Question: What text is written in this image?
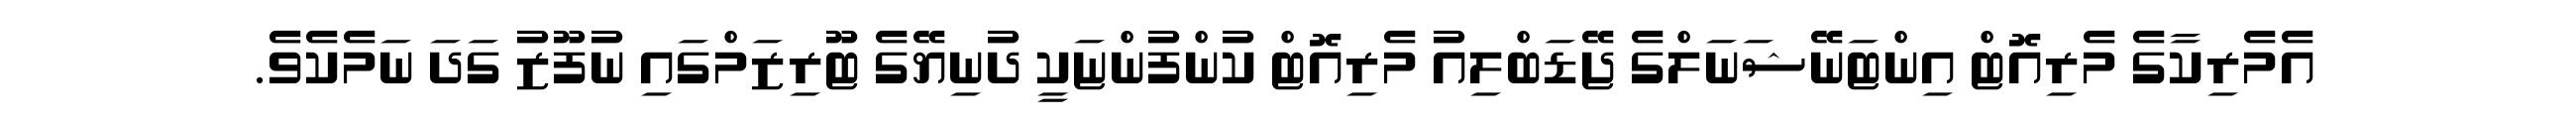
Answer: އެމެރިކާގެ މެރިއޮޓް އިންޓަނޭޝަނަލްގެ ޖޭޑަބްލިއު މެރިއޮޓް ކުންފުންޏަކީ ދުނިޔޭގެ ޓޫރިޒަމްގައި ނުފޫޒު ގަދަ ނަމެކެވެ.